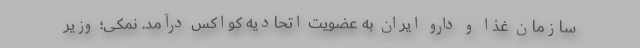
سازمان غذا و دارو ایران به عضویت اتحادیه کواکس درآمد. نمکی؛ وزیر